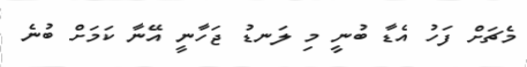
މެޗަށް ފަހު އެޑާ ބުނީ މި ލަނޑު ޖަހާނީ އޭނާ ކަމަށް ބުނެ